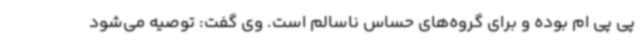
پی پی ام بوده و برای گروه‌های حساس ناسالم است. وی گفت: توصیه می‌شود